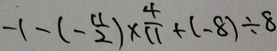
- 1 - ( - \frac { 4 } { 2 } ) \times \frac { 4 } { 1 1 } + ( - 8 ) \div 8